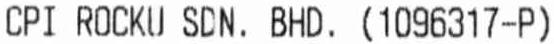
CPI ROCKU SDN. BHD. (1096317-P)